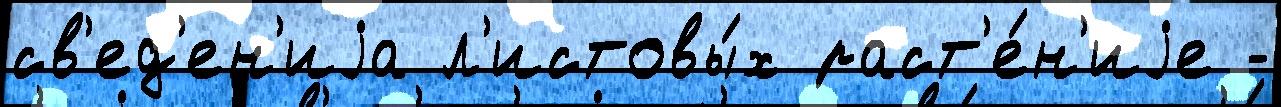
св'ед'ен'иjа л'истовы́х раст'е́н'иjе -